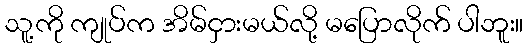
သူ့ကို ကျုပ်က အိမ်ငှားမယ်လို့ မပြောလိုက် ပါဘူး။